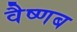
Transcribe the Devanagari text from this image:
वैष्णब